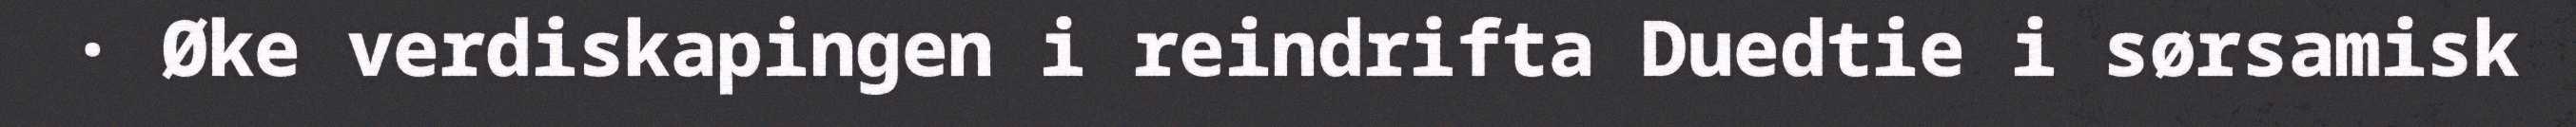
· Øke verdiskapingen i reindrifta Duedtie i sørsamisk